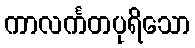
ကာလင်္ကတပုရိသော